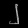
Digit: ၂